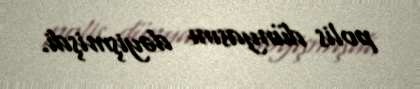
polis dünyasını dəyişmişdi.